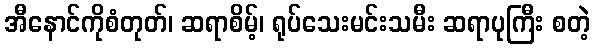
အီနောင်ကိုစံတုတ်၊ ဆရာစိမ့်၊ ရုပ်သေးမင်းသမီး ဆရာပုကြီး စတဲ့